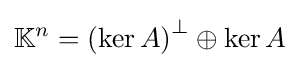
\mathbb {K} ^{n}=\left(\ker A\right)^{\perp }\oplus \ker A